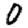
Digit: 0